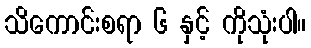
သိကောင်းစရာ ၆ နှင့် ကိုသုံးပါ။